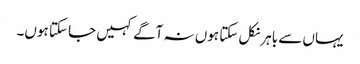
یہاں سے باہر نکل سکتا ہوں نہ آگے کہیں جا سکتا ہوں۔